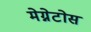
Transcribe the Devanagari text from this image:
मेग्नेटोस